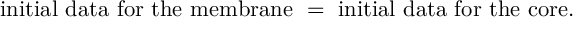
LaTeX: \mathrm { i n i t i a l ~ d a t a ~ f o r ~ t h e ~ m e m b r a n e ~ = ~ i n i t i a l ~ d a t a ~ f o r ~ t h e ~ c o r e . }